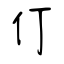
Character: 仃